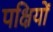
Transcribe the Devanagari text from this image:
पक्षियों